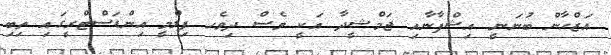
އަޒްހާން ބުނަނީ އިޝްފާނާއި ޖަމްޝީދާ އަކީ ވެސް ދިވެހ ފިލްމީ އިންޑަސްޓްރީގައި ތިބި